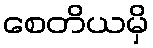
စေတိယမှိ